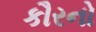
કૌરનો